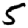
Digit: 5